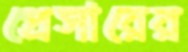
প্রেসারের